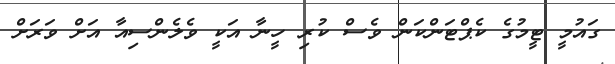
ގައުމީ ޓީމުގެ ކެޕްޓަންކަން ވެސް ކުރި ހީނާ އަކީ ވެލެންސިއާ އަށް ވަރަށް